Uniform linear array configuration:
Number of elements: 4
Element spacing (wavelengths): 0.5
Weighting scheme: exponential
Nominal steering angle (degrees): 15
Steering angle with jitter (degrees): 16.971
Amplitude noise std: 0.05
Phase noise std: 0.05

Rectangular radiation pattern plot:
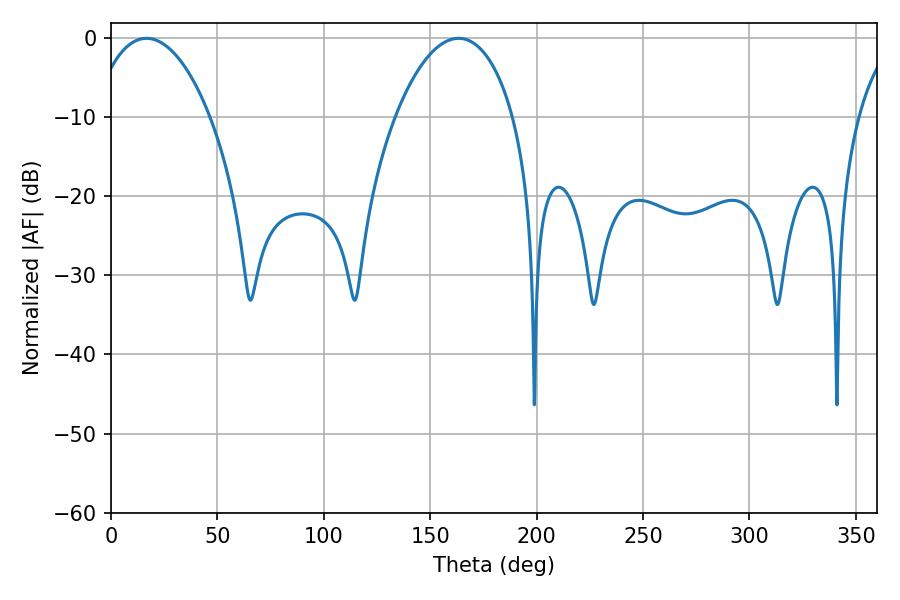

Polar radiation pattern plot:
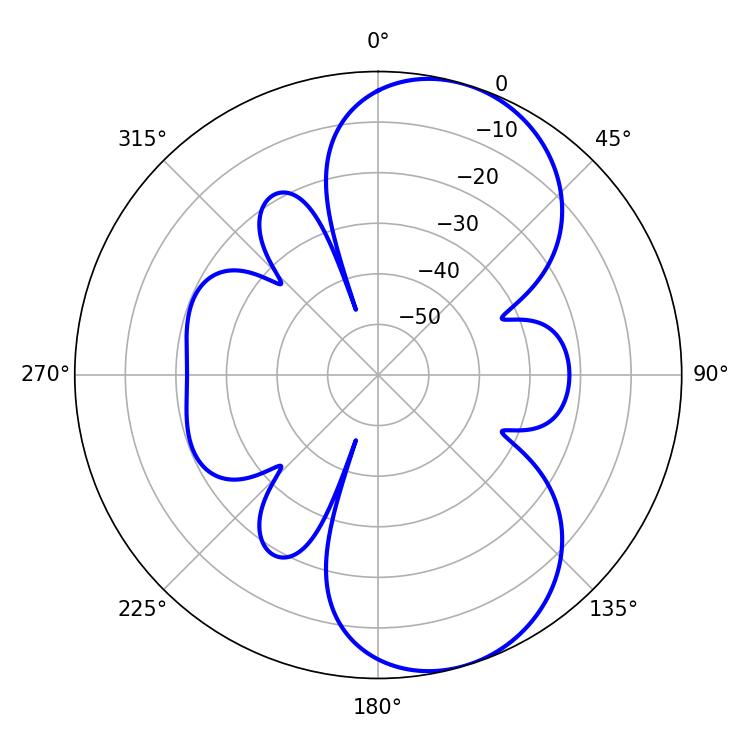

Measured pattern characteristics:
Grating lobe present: FALSE
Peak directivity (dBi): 7.72
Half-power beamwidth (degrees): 31.14
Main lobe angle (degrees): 16.74